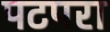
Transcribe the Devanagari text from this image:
पटपरा